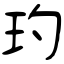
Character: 玓